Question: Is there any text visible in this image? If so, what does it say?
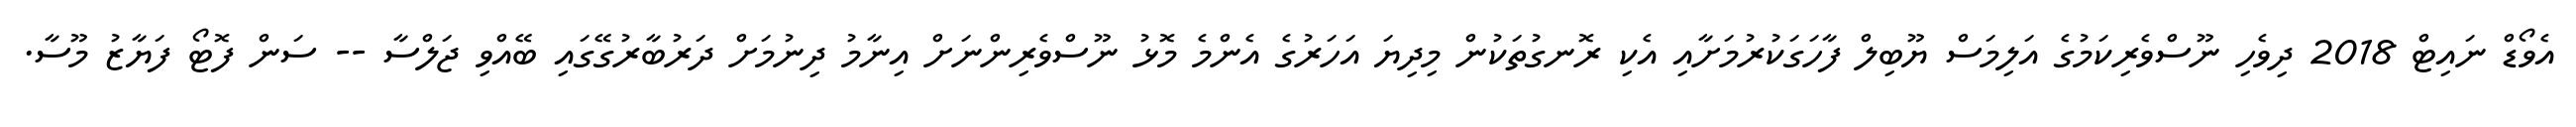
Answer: އެވޯޑް ނައިޓް 2018 ދިވެހި ނޫސްވެރިކަމުގެ އަލިމަސް ޔޫބިލް ފާހަގަކުރުމަށާއި އެކި ރޮނގުތަކުން މިދިޔަ އަހަރުގެ އެންމެ މޮޅު ނޫސްވެރިންނަށް އިނާމު ދިނުމަށް ދަރުބާރުގޭގައި ބޭއްވި ޖަލްސާ -- ސަން ފޮޓޯ ފަޔާޒު މޫސާ.